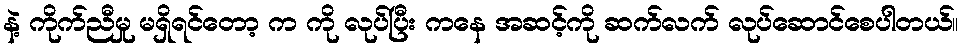
နဲ့ ကိုက်ညီမှု မရှိရင်တော့ က ကို လုပ်ပြီး ကနေ အဆင့်ကို ဆက်လက် လုပ်ဆောင်စေပါတယ်။